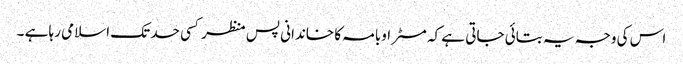
اس کی وجہ یہ بتائی جاتی ہے کہ مسٹر اوبامہ کا خاندانی پس منظر کسی حد تک اسلامی رہا ہے ۔